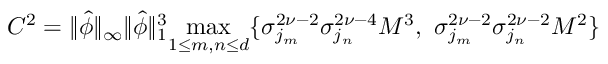
\begin{array} { r } { C ^ { 2 } = \| \widehat { \phi } \| _ { \infty } \| \widehat { \phi } \| _ { 1 } ^ { 3 } \underset { 1 \leq m , n \leq d } { \operatorname* { m a x } } \{ \sigma _ { j _ { m } } ^ { 2 \nu - 2 } \sigma _ { j _ { n } } ^ { 2 \nu - 4 } M ^ { 3 } , \ \sigma _ { j _ { m } } ^ { 2 \nu - 2 } \sigma _ { j _ { n } } ^ { 2 \nu - 2 } M ^ { 2 } \} } \end{array}